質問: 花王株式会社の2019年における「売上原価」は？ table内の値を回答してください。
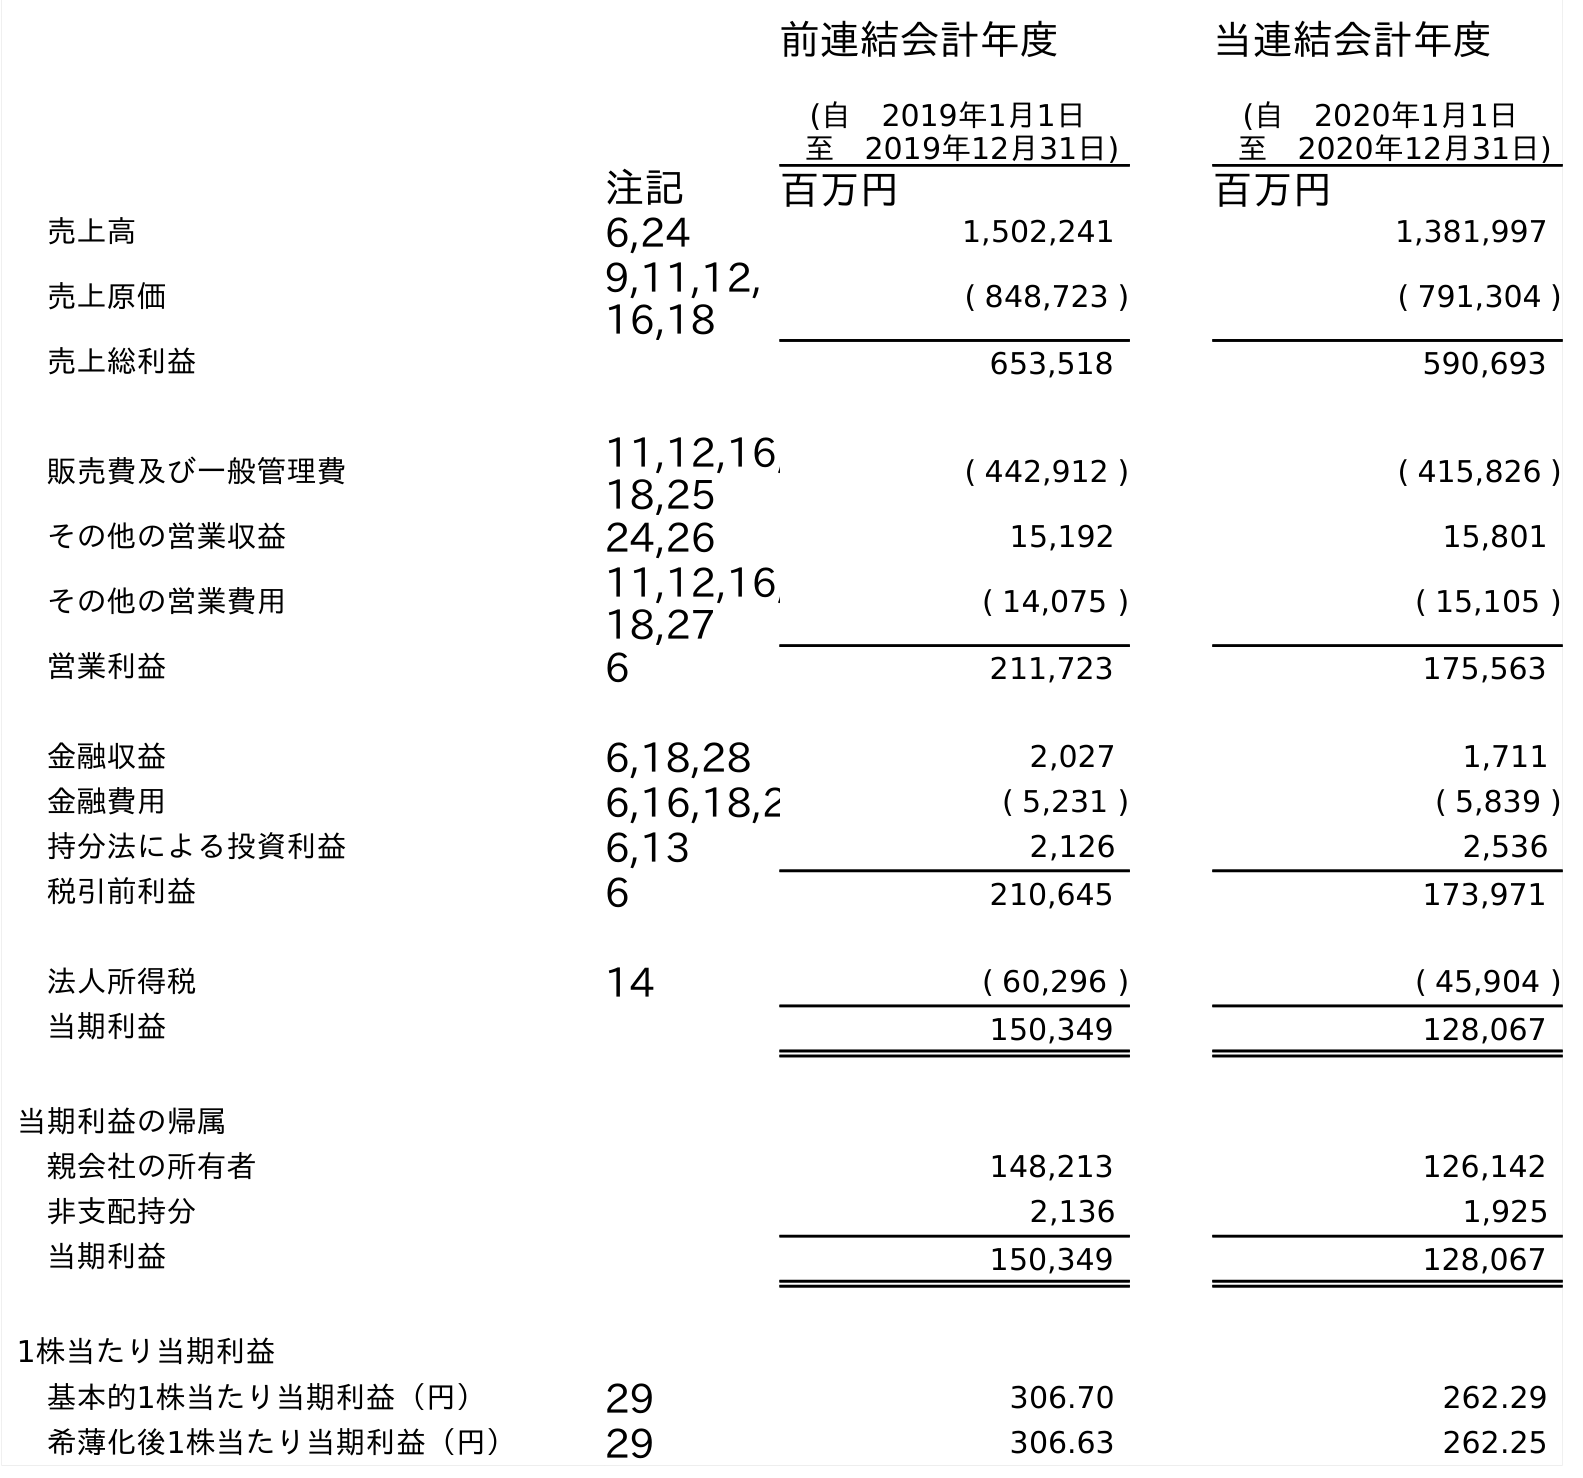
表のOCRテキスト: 前連結会計年度 (自 2019年1月1日 至 2019年12月31日) 当連結会計年度 (自 2020年1月1日 至 2020年12月31日) 注記 百万円 百万円 売上高 6,24 1,502,241 1,381,997 売上原価 9,11,12, 16,18 ( 848,723 ) ( 791,304 ) 売上総利益 653,518 590,693 販売費及び一般管理費 11,12,16, 18,25 ( 442,912 ) ( 415,826 ) その他の営業収益 24,26 15,192 15,801 その他の営業費用 11,12,16, 18,27 ( 14,075 ) ( 15,105 ) 営業利益 6 211,723 175,563 金融収益 6,18,28 2,027 1,711 金融費用 6,16,18,2 ( 5,231 ) ( 5,839 ) 持分法による投資利益 6,13 2,126 2,536 税引前利益 6 210,645 173,971 法人所得税 14 ( 60,296 ) ( 45,904 ) 当期利益 150,349 128,067 当期利益の帰属 親会社の所有者 148,213 126,142 非支配持分 2,136 1,925 当期利益 150,349 128,067 1株当たり当期利益 基本的1株当たり当期利益（円） 29 306.70 262.29 希薄化後1株当たり当期利益（円） 29 306.63 262.25
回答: (848,723)